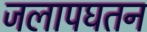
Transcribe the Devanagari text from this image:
जलापघतन